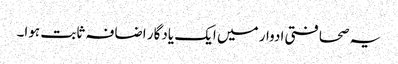
یہ صحافتی ادوار میں ایک یادگار اضافہ ثابت ہوا۔